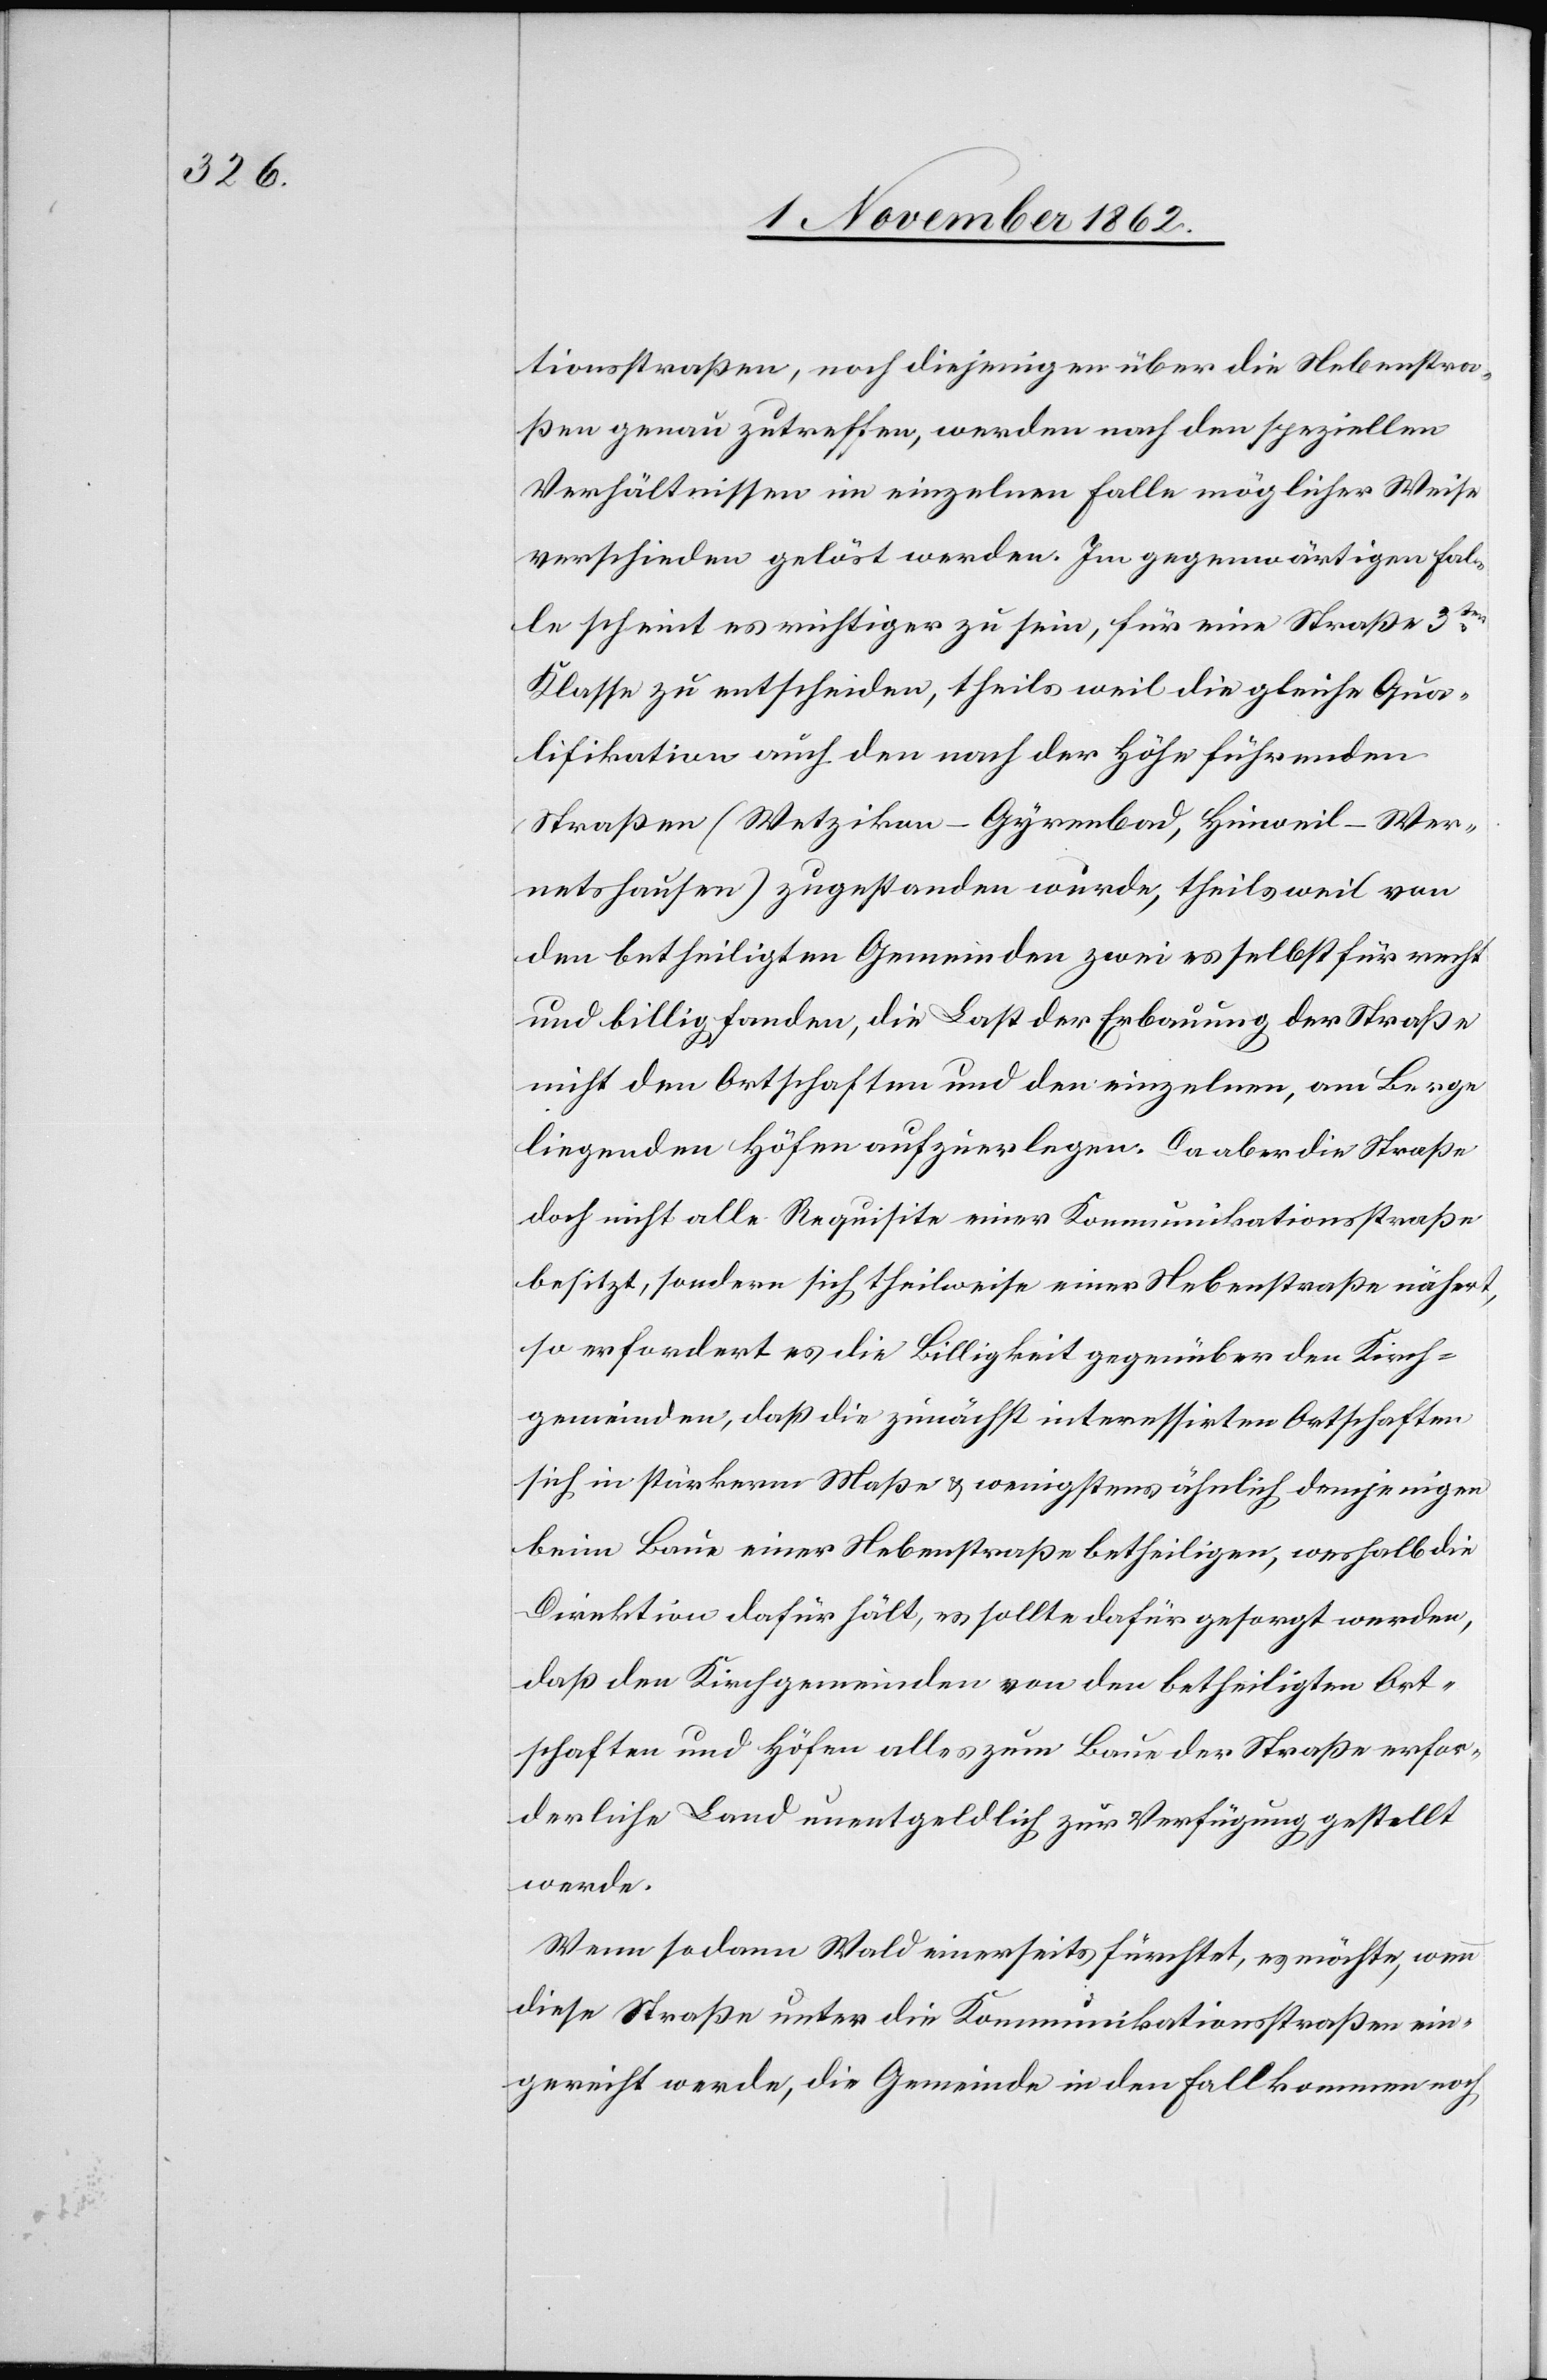
tionsstraßen, noch diejenigen über die Nebenstra¬
ßen genau zutreffen, werden nach den speziellen
Verhältnissen im einzelnen Falle möglicher Weise
verschieden gelöst werden. Im gegenwärtigen Fal¬
le scheint es wichtiger zu sein, für eine Straße 3ter
Klasse zu entscheiden, theils weil die gleiche Qua¬
lifikation auch den nach der Höhe führenden
Straßen (Wetzikon–Gyrenbad, Hinweil–Wer¬
netshausen) zugestanden wurde, theils weil von
den betheiligten Gemeinden zwei es soebst für recht
und billig fanden, die Last der Erbauung der Straße
nicht den Ortschaften und den einzelnen, am Berge
liegenden Höfen aufzuerlegen. Da aber die Straße
doch nicht alle Requisite einer Kommunikationsstraße
besitzt, sondern sich theilweise einer Nebenstraße nähert,
so erfordert es die Billigkeit gegenüber den Kirch¬
gemeinden, daß die zunächst interessirten Ortschaften
sich in stärkerm Maße u. wenigstens ähnlich demjenigen
beim Baue einer Nebenstraße betheiligen, weshalb die
Direktion dafür hält, es sollte dafür gesorgt werden,
daß den Kirchgemeinden von den betheiligten Ort¬
schaften und Höfen alles zum Baue der Straße erfor¬
derliche Land unentgeldlich zur Verfügung gestellt
werde.
Wenn sodann Wald einerseits fürchtet, es möchte, wenn
diese Straße unter die Kommunikationsstraßen ein¬
gereicht werde, die Gemeinde in den Fall kommen, noch